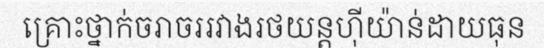
គ្រោះថ្នាក់ចរាចររវាងរថយន្តហ៊ីយ៉ាន់ដាយធុន